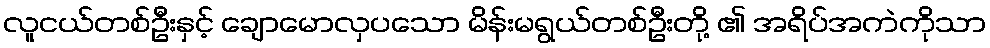
လူငယ်တစ်ဦးနှင့် ချောမောလှပသော မိန်းမရွယ်တစ်ဦးတို့ ၏ အရိပ်အကဲကိုသာ